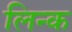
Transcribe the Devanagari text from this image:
लिन्क